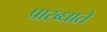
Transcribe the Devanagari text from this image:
प्रारब्धाते